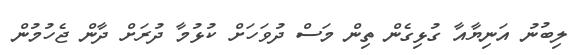
ލިބުނު އަނިޔާއާ ގުޅިގެން ތިން މަސް ދުވަހަށް ކުޅުމާ ދުރަށް ދާން ޖެހުމުން